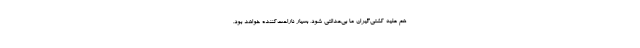
هم علیه کشتی‌گیران ما بی‌عدالتی شود، بسیار ناراحت‌کننده خواهد بود.